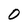
Character: 0